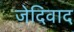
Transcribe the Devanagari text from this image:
जेदिवाद